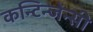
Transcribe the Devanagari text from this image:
कन्टिन्जेन्सी